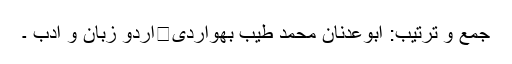
جمع و ترتیب: ابوعدنان محمد طیب بھواردی	اردو زبان و ادب ۔